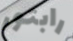
رابتور